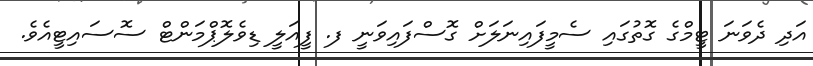
އަދި ދެވަނަ ޓީމްގެ ގޮތުގައި ސެމީފައިނަލަށް ގޮސްފައިވަނީ ފ. ފީއަލީ ޑިވެލޮޕްމަންޓް ސޮސައިޓީއެވެ.